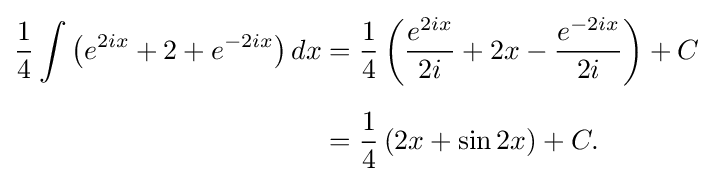
{\begin{aligned}{\frac {1}{4}}\int \left(e^{2ix}+2+e^{-2ix}\right)dx&={\frac {1}{4}}\left({\frac {e^{2ix}}{2i}}+2x-{\frac {e^{-2ix}}{2i}}\right)+C\\[6pt]&={\frac {1}{4}}\left(2x+\sin 2x\right)+C.\end{aligned}}